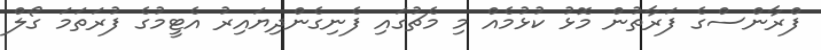
ފްރާންސްގެ ފަރާތުން މޮޅު ކުޅުމެެއް މި މެޗުގައި ފެނިގެންދިޔައިރު އެޓީމުގެ ފުރަތަމަ ގޯލް